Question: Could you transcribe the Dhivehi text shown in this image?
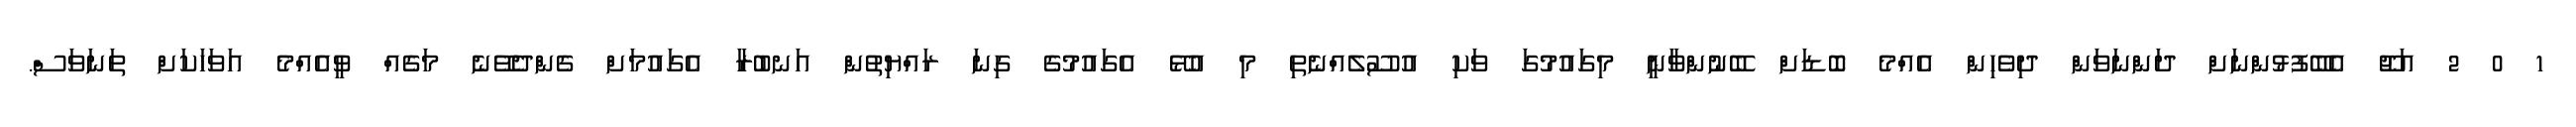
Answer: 1 0 2 އަޖޫ އެބޭފުޅުންނަށް ދަންނަވަން ދިވެހިން އެއްމެ ބޮޑަށް ބޭނުންވާނީ މިގައުމުގަ ވަކި އުސޫލެއްނެތި މި އުޅޭ އެގައުމުގެ ގިނަ ރައްޔިތުން އަނބުރާ އެގައުމަށް ގެންދެވޭނެ މަގެއް ވީއެއްމެ އަވަހަކަށް ތަނަވަސް.